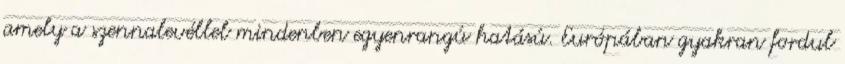
amely a szennalevéllel mindenben egyenrangú hatású. Európában gyakran fordul